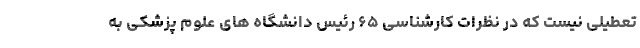
تعطیلی نیست که در نظرات کارشناسی ۶۵ رئیس دانشگاه های علوم پزشکی به